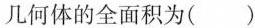
几何体的全面积为( )